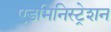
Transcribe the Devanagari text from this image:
एडमिनिस्ट्रेशन